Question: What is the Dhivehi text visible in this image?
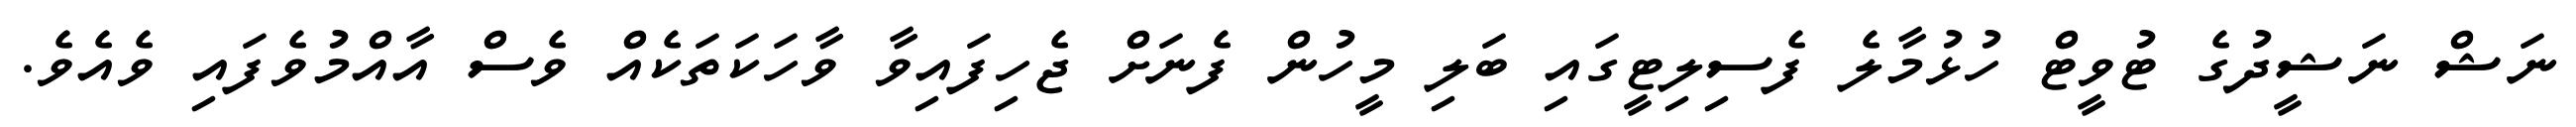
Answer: ނަޝް ނަޝީދުގެ ޓުވީޓް ހުޅުމާލެ ފެސިލިޓީގައި ބަލި މީހުން ފެނަށް ޖެހިފައިވާ ވާހަކަތަކެއް ވެސް އާއްމުވެފައި ވެއެވެ.